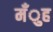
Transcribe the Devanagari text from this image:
मँुह